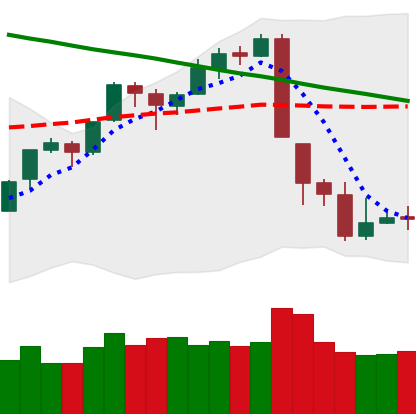
Ticker: BTC-USD
Chart end date: 2018-09-11
Forward return: 3.1%
Label: up_3_5